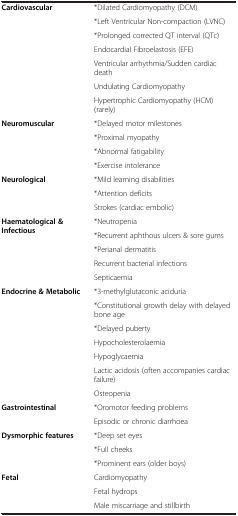
<table><thead><tr><td><b> </b></td><td><b> </b></td></tr></thead><tbody><tr><td rowspan="7"><b>Cardiovascular</b></td><td>*Dilated Cardiomyopathy (DCM)</td></tr><tr><td>*Left Ventricular Non-compaction (LVNC)</td></tr><tr><td>*Prolonged corrected QT interval (QTc)</td></tr><tr><td>Endocardial Fibroelastosis (EFE)</td></tr><tr><td>Ventricular arrhythmia/Sudden cardiac death</td></tr><tr><td>Undulating Cardiomyopathy</td></tr><tr><td>Hypertrophic Cardiomyopathy (HCM) (rarely)</td></tr><tr><td rowspan="4"><b>Neuromuscular</b></td><td>*Delayed motor milestones</td></tr><tr><td>*Proximal myopathy</td></tr><tr><td>*Abnormal fatigability</td></tr><tr><td>*Exercise intolerance</td></tr><tr><td rowspan="3"><b>Neurological</b></td><td>*Mild learning disabilities</td></tr><tr><td>*Attention deficits</td></tr><tr><td>Strokes (cardiac embolic)</td></tr><tr><td rowspan="5"><b>Haematological &amp; Infectious</b></td><td>*Neutropenia</td></tr><tr><td>*Recurrent aphthous ulcers &amp; sore gums</td></tr><tr><td>*Perianal dermatitis</td></tr><tr><td>Recurrent bacterial infections</td></tr><tr><td>Septicaemia</td></tr><tr><td rowspan="7"><b>Endocrine &amp; Metabolic</b></td><td>*3-methylglutaconic aciduria</td></tr><tr><td>*Constitutional growth delay with delayed bone age</td></tr><tr><td>*Delayed puberty</td></tr><tr><td>Hypocholesterolaemia</td></tr><tr><td>Hypoglycaemia</td></tr><tr><td>Lactic acidosis (often accompanies cardiac failure)</td></tr><tr><td>Osteopenia</td></tr><tr><td rowspan="2"><b>Gastrointestinal</b></td><td>*Oromotor feeding problems</td></tr><tr><td>Episodic or chronic diarrhoea</td></tr><tr><td rowspan="3"><b>Dysmorphic features</b></td><td>*Deep set eyes</td></tr><tr><td>*Full cheeks</td></tr><tr><td>*Prominent ears (older boys)</td></tr><tr><td rowspan="2"><b>Fetal</b></td><td>Cardiomyopathy</td></tr><tr><td>Fetal hydrops</td></tr><tr><td> </td><td>Male miscarriage and stillbirth</td></tr></tbody></table>